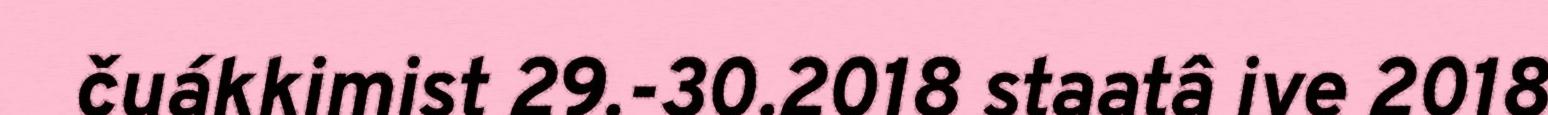
čuákkimist 29.-30.2018 staatâ ive 2018